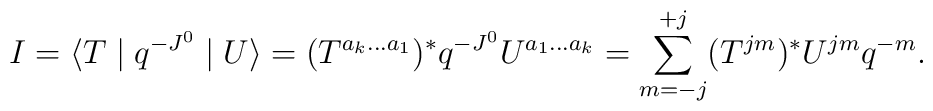
I=\langle T\mid q^{-J^{0}}\mid U\rangle = (T^{a_{k}...a_{1}})^{\ast}q^{-J^{0}}U^{a_{1}...a_{k}}= \sum^{+j}_{m=-j} (T^{jm})^{\ast} U^{jm} q^{-m}.